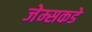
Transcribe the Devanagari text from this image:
जेम्सकडे